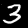
Digit: 3